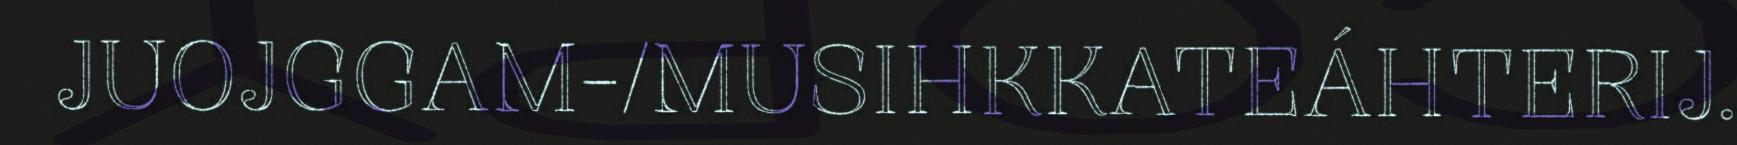
JUOJGGAM-/MUSIHKKATEÁHTERIJ.